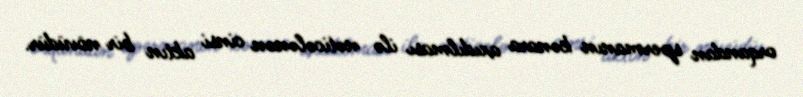
orqandan spermanın kənara axıdılması ilə nəticələnən cinsi aktın bir növüdür.